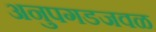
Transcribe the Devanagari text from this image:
अनुपगडजवळ